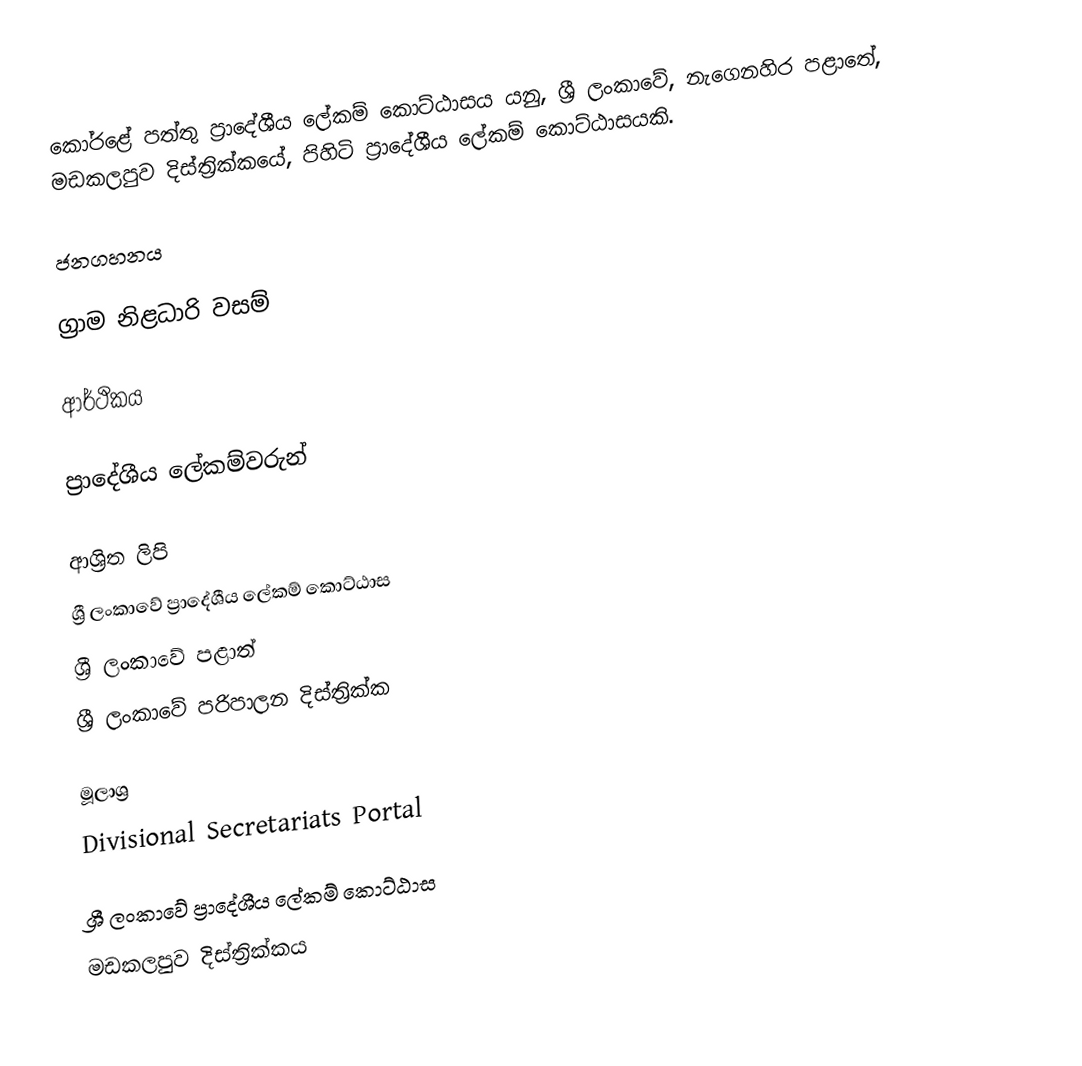
කෝරළේ පත්තු ප්‍රාදේශීය ලේකම් කොට්ඨාසය යනු,  ශ්‍රී ලංකාවේ, නැගෙනහිර පළාතේ,   මඩකලපුව දිස්ත්‍රික්කයේ, පිහිටි ප්‍රාදේශීය ලේකම් කොට්ඨාසයකි.

ජනගහනය

ග්‍රාම නිළධාරි වසම්

ආර්ථිකය

ප්‍රාදේශීය ලේකම්වරුන්

ආශ්‍රිත ලිපි
ශ්‍රී ලංකාවේ ප්‍රාදේශීය ලේකම් කොට්ඨාස
ශ්‍රී ලංකාවේ පළාත්
ශ්‍රී ලංකාවේ පරිපාලන දිස්ත්‍රික්ක

මූලාශ්‍ර
 Divisional Secretariats Portal

ශ්‍රී ලංකාවේ ප්‍රාදේශීය ලේකම් කොට්ඨාස
මඩකලපුව දිස්ත්‍රික්කය